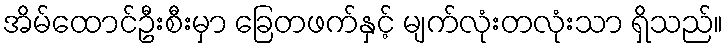
အိမ်ထောင်ဦးစီးမှာ ခြေတဖက်နှင့် မျက်လုံးတလုံးသာ ရှိသည်။